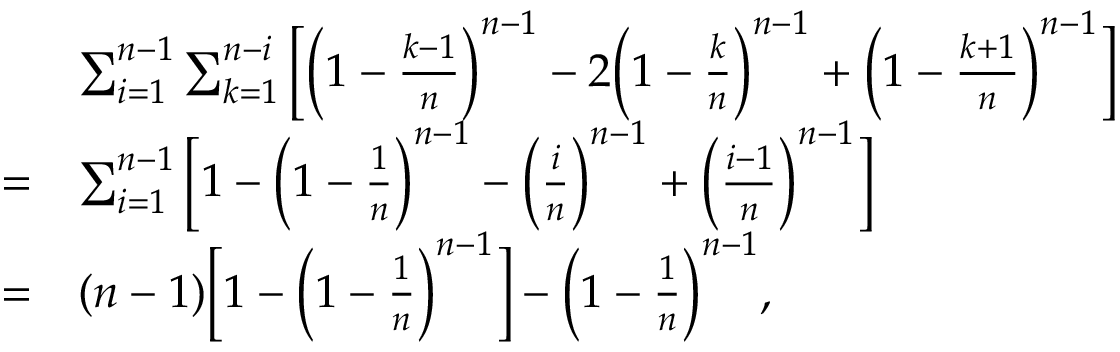
\begin{array} { r l } & { \sum _ { i = 1 } ^ { n - 1 } \sum _ { k = 1 } ^ { n - i } \Big [ \Big ( 1 - \frac { k - 1 } { n } \Big ) ^ { n - 1 } - 2 \Big ( 1 - \frac { k } { n } \Big ) ^ { n - 1 } + \Big ( 1 - \frac { k + 1 } { n } \Big ) ^ { n - 1 } \Big ] } \\ { = } & { \sum _ { i = 1 } ^ { n - 1 } \Big [ 1 - \Big ( 1 - \frac { 1 } { n } \Big ) ^ { n - 1 } - \Big ( \frac { i } { n } \Big ) ^ { n - 1 } + \Big ( \frac { i - 1 } { n } \Big ) ^ { n - 1 } \Big ] } \\ { = } & { ( n - 1 ) \Big [ 1 - \Big ( 1 - \frac { 1 } { n } \Big ) ^ { n - 1 } \Big ] - \Big ( 1 - \frac { 1 } { n } \Big ) ^ { n - 1 } , } \end{array}